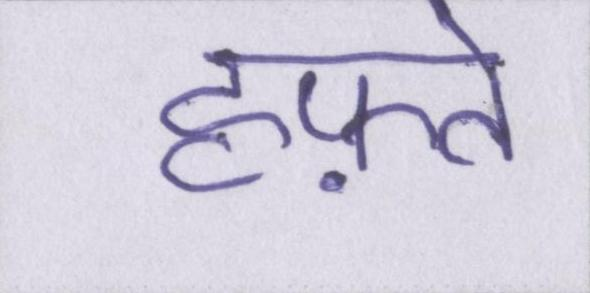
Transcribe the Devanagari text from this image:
हफ़्ते